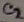
Text: C2